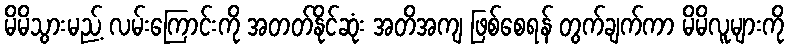
မိမိသွားမည့် လမ်းကြောင်းကို အတတ်နိုင်ဆုံး အတိအကျ ဖြစ်စေရန် တွက်ချက်ကာ မိမိလူများကို